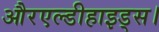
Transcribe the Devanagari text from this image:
औरएल्डीहाइड्स।